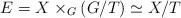
LaTeX: \begin{align*}E = X \times_G (G/T) \simeq X/T\end{align*}